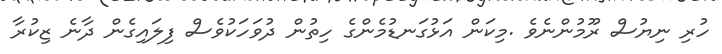
ހުރި ނިޔުސް ރޫމުންނެވެ .މިކަން އަޅުގަނޑުމެންގެ ހިތުން ދުވަހަކުވެސް ފިލައިގެން ދާނެ ޒިކުރާ